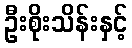
ဦးစိုးသိန်းနှင့်